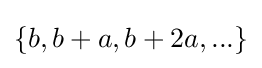
\{b,b+a,b+2a,...\}